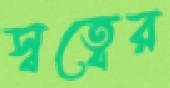
স্বত্বের